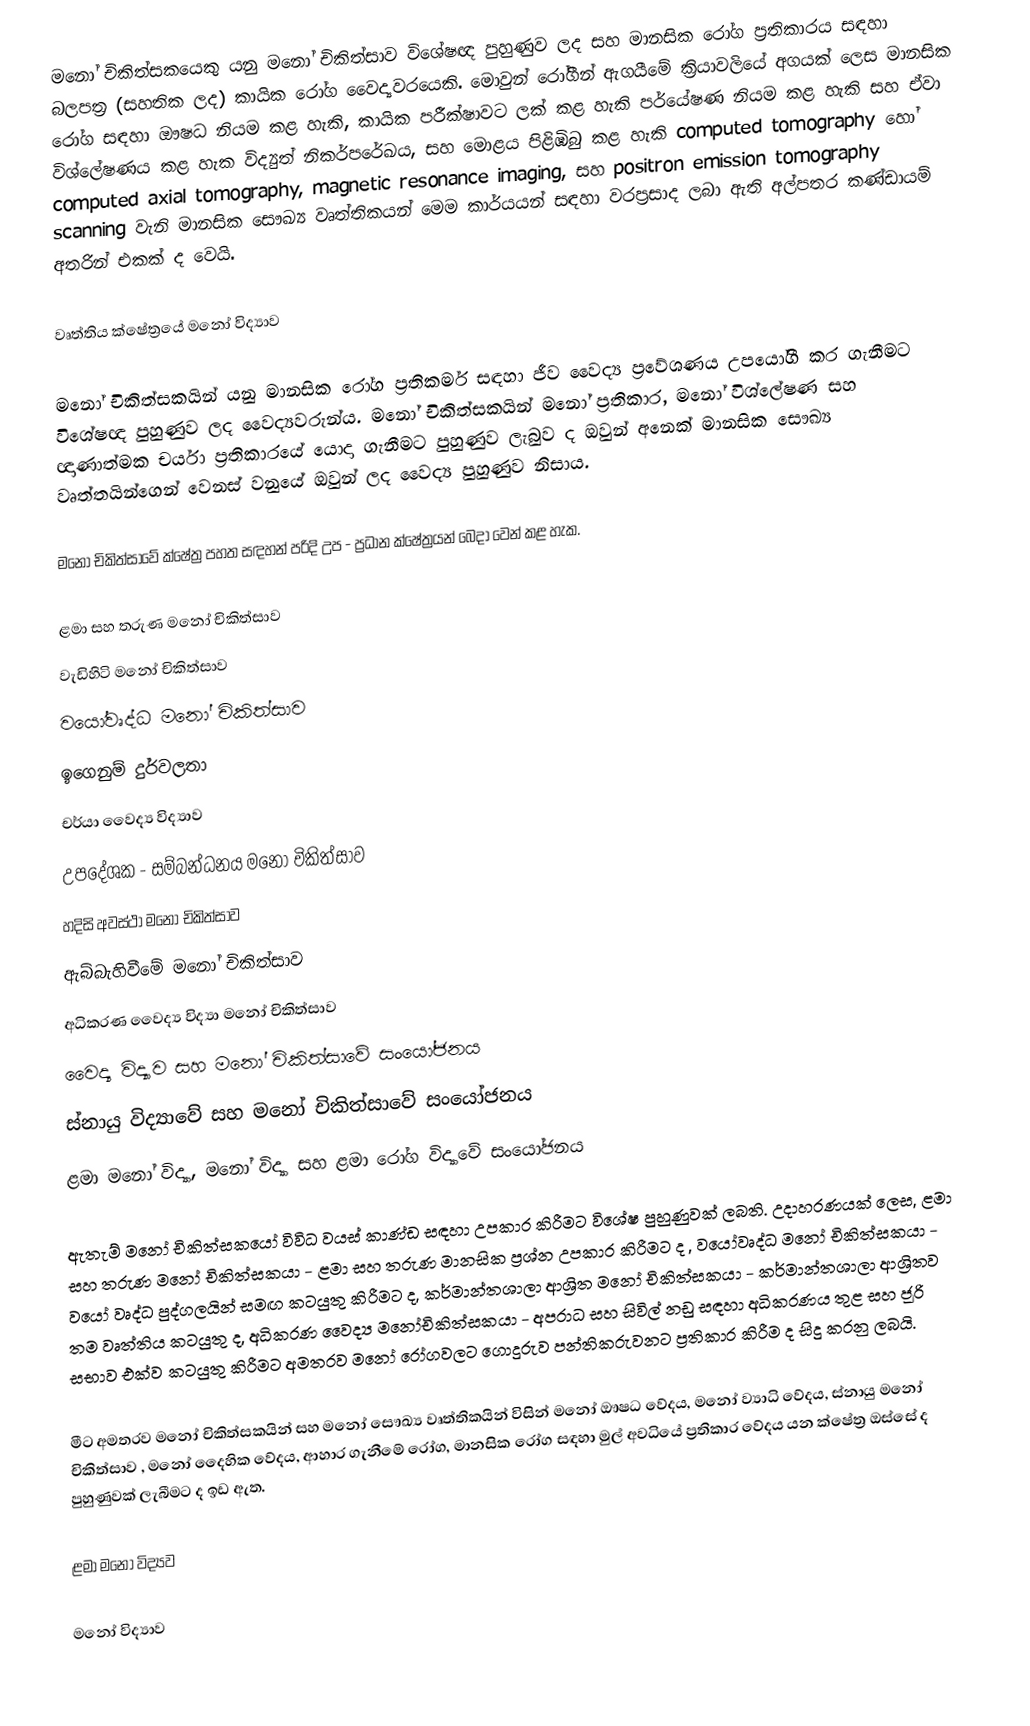
මනෝ චිකිත්සකයෙකු යනු මනෝ චිකිත්සාව විශේෂඥ පුහුණුව ලද සහ මානසික රෝග ප්‍රතිකාරය සඳහා බලපත්‍ර (සහතික ලද) කායික රෝග වෛද්‍යවරයෙකි. මොවුන් රෝගීන් ඇගයීමේ ක්‍රියාවලියේ අගයක් ලෙස මානසික රෝග සඳහා ඖෂධ නියම කළ හැකි, කායික පරීක්ෂාවට ලක් කළ හැකි පර්යේෂණ නියම කළ හැකි සහ ඒවා විශ්ලේෂණය කළ හැක විද්‍යුත් නිකර්පරේඛය, සහ මොළය පිළිඹිබු කළ හැකි computed tomography හෝ computed axial tomography, magnetic resonance imaging, සහ positron emission tomography scanning වැනි මානසික සෞඛ්‍ය වෘත්තිකයන් මෙම කාර්යයන් සඳහා වරප්‍රසාද ලබා ඇති අල්පතර කණ්ඩායම් අතරින් එකක් ද වෙයි.

වෘත්තිය ක්ෂේත්‍රයේ ම‍නෝ විද්‍යාව

මනෝ චිකිත්සකයින් යනු මානසික රෝග ප්‍රතිකර්ම සඳහා ජීව වෛද්‍ය ප්‍රවේශණය උපයෝගී කර ගැනීමට විශේෂඥ පුහුණුව ලද වෛද්‍යවරුන්ය. මනෝ චිකිත්සකයින් මනෝ ප්‍රතිකාර, මනෝ විශ‍්ලේෂණ සහ ඥාණාත්මක චර්යා ප්‍රතිකාරයේ යොදා ගැනීමට පුහුණුව ලැබුව ද ඔවුන්‍ අනෙක් මානසික සෞඛ්‍ය වෘත්තයින්ගෙන් වෙනස් වනුයේ ඔවුන‍් ලද වෛද්‍ය පුහුණුව නිසාය.

මනෝ චිකිත්සාවේ ක්ෂේත්‍ර පහත සඳහන් පරිදි උප - ප්‍රධාන ක්ෂේත්‍රයන් බෙදා වෙන් කළ හැක.

 ළමා සහ තරුණ මනෝ චිකිත්සාව
 වැඩිහිටි මනෝ චිකිත්සාව
 වයෝවෘද්ධ මනෝ චිකිත්සාව
 ඉගෙනුම් දුර්වලතා
 චර්යා වෛද්‍ය විද්‍යාව
 උපදේශක - සම්බන්ධනය මනෝ චිකිත්සාව
 හදිසි අවස්ථා මනෝ චිකිත්සාව
 ඇබ්බැහිවීමේ මනෝ චිකිත්සාව
 අධිකරණ වෛද්‍ය විද්‍යා මනෝ චිකිත්සාව
 වෛද්‍ය විද්‍යාව සහ මනෝ චිකිත්සාවේ සංයෝජනය
 ස්නායු විද්‍යාවේ සහ මනෝ චිකිත්සාවේ සංයෝජනය
 ළමා මනෝ විද්‍යා, මනෝ විද්‍යා සහ ළමා රෝග විද්‍යාවේ සංයෝජනය

ඇතැම් මනෝ චිකිත්සකයෝ විවිධ වයස් කාණ්ඩ සඳහා උපකාර කිරීමට විශේෂ පුහුණුවක් ලබති. උදාහරණයක් ලෙස, ළමා සහ තරුණ මනෝ චිකිත්සකයා - ළමා සහ තරුණ මානසික ප්‍රශ්න උපකාර කිරීමට ද , වයෝවෘද්ධ මනෝ චිකිත්සකයා - වයෝ වෘද්ධ පුද්ගලයින් සමඟ කටයුතු කිරීමට ද, කර්මාන්තශාලා ආශ්‍රිත මනෝ චිකිත්සකයා - කර්මාන්තශාලා ආශ්‍රිතව තම වෘත්තිය කටයුතු ද, අධිකරණ වෛද්‍ය මනෝචිකිත්සකයා - අපරාධ සහ සිවිල් නඩු සඳහා අධිකරණය තුළ සහ ජූරි සභාව එක්ව කටයුතු කිරීමට අමතරව මනෝ රෝගවලට ගොදුරුව පන්තිකරුවනට ප්‍රතිකාර කිරීම ද සිදු කරනු ලබයි.

මීට අමතරව මනෝ චිකිත්සකයින් සහ ම‍නෝ සෞඛ්‍ය වෘත්තිකයින් විසින් මනෝ ඖෂධ වේදය, මනෝ ව්‍යාධි වේදය, ස්නායු මනෝ චිකිත්සාව , මනෝ දෛහික වේදය, ආහාර ගැනීමේ රෝග, මානසික රෝග සඳහා මුල් අවධියේ ප්‍රතිකාර වේදය යන ක්ෂේත්‍ර ඔස්සේ ද පුහුණුවක් ලැබීමට ද ඉඩ ඇත.

ළමා මනෝ විද්‍යව

මනෝ විද්‍යාව